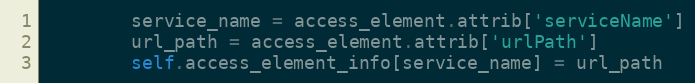
Language: Python
        service_name = access_element.attrib['serviceName']
        url_path = access_element.attrib['urlPath']
        self.access_element_info[service_name] = url_path